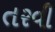
તરવી